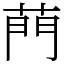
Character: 菛